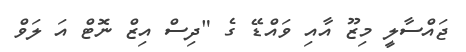
ޖައްސާލީ މިޒޫ އާއި ވައްޑޭ ގެ "ދިސް އިޒް ނޮޓް އަ ލަވް